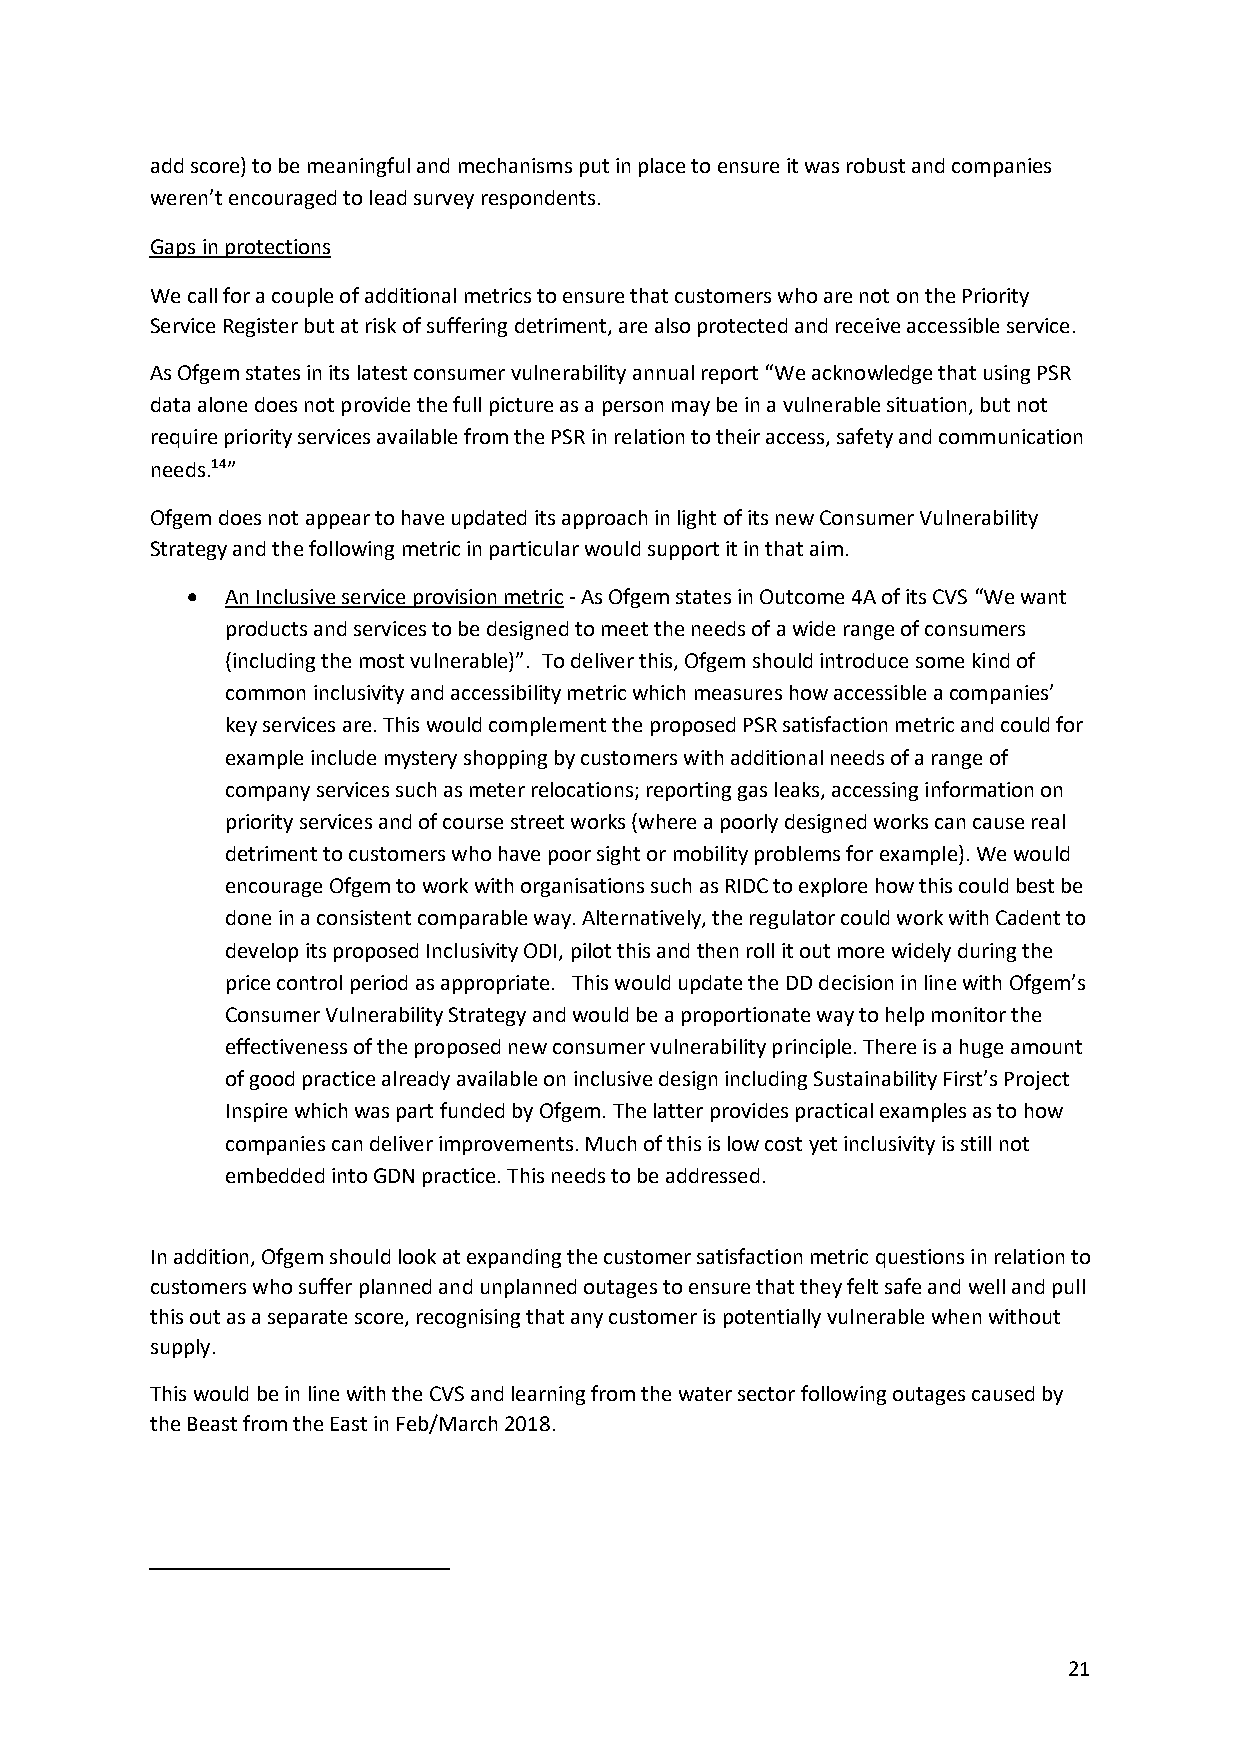
add score) to be meaningful and mechanisms put in place to ensure it was robust and companies
 weren’t encouraged to lead survey respondents.
 Gaps in protections
 We call for a couple of additional metrics to ensure that customers who are not on the Priority
 Service Register but at risk of suffering detriment, are also protected and receive accessible service.
 As Ofgem states in its latest consumer vulnerability annual report “We acknowledge that using PSR
 data alone does not provide the full picture as a person may be in a vulnerable situation, but not
 require priority services available from the PSR in relation to their access, safety and communication
 needs.14”
 Ofgem does not appear to have updated its approach in light of its new Consumer Vulnerability
 Strategy and the following metric in particular would support it in that aim.
 •  An Inclusive service provision metric - As Ofgem states in Outcome 4A of its CVS “We want
 products and services to be designed to meet the needs of a wide range of consumers
 (including the most vulnerable)”. To deliver this, Ofgem should introduce some kind of
 common inclusivity and accessibility metric which measures how accessible a companies’
 key services are. This would complement the proposed PSR satisfaction metric and could for
 example include mystery shopping by customers with additional needs of a range of
 company services such as meter relocations; reporting gas leaks, accessing information on
 priority services and of course street works (where a poorly designed works can cause real
 detriment to customers who have poor sight or mobility problems for example). We would
 encourage Ofgem to work with organisations such as RIDC to explore how this could best be
 done in a consistent comparable way. Alternatively, the regulator could work with Cadent to
 develop its proposed Inclusivity ODI, pilot this and then roll it out more widely during the
 price control period as appropriate. This would update the DD decision in line with Ofgem’s
 Consumer Vulnerability Strategy and would be a proportionate way to help monitor the
 effectiveness of the proposed new consumer vulnerability principle. There is a huge amount
 of good practice already available on inclusive design including Sustainability First’s Project
 Inspire which was part funded by Ofgem. The latter provides practical examples as to how
 companies can deliver improvements. Much of this is low cost yet inclusivity is still not
 embedded into GDN practice. This needs to be addressed.
 In addition, Ofgem should look at expanding the customer satisfaction metric questions in relation to
 customers who suffer planned and unplanned outages to ensure that they felt safe and well and pull
 this out as a separate score, recognising that any customer is potentially vulnerable when without
 supply.
 This would be in line with the CVS and learning from the water sector following outages caused by
 the Beast from the East in Feb/March 2018.
 21